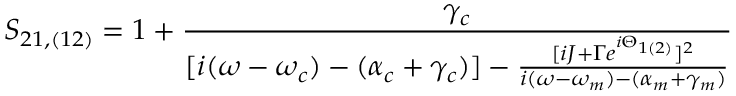
S _ { 2 1 , ( 1 2 ) } = 1 + \frac { \gamma _ { c } } { [ i ( \omega - \omega _ { c } ) - ( \alpha _ { c } + \gamma _ { c } ) ] - \frac { [ i J + \Gamma e ^ { i \Theta _ { 1 ( 2 ) } } ] ^ { 2 } } { i ( \omega - \omega _ { m } ) - ( \alpha _ { m } + \gamma _ { m } ) } }